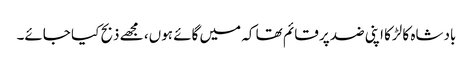
بادشاہ کا لڑکا اپنی ضد پر قائم تھا کہ میں گائے ہوں، مجھے ذبح کیا جائے۔